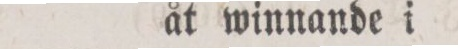
åt winnande i